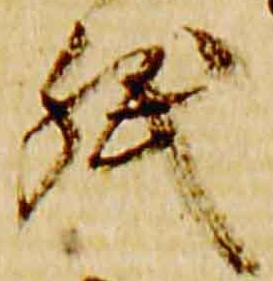
紙